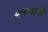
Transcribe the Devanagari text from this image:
आल्फानी